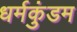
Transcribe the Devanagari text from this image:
धर्मकुंडम